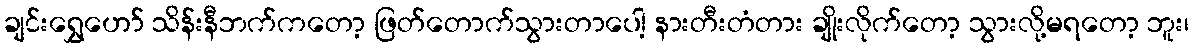
ချင်းရွှေဟော် သိန်းနီဘက်ကတော့ ဖြတ်တောက်သွားတာပေါ့ နားတီးတံတား ချိုးလိုက်တော့ သွားလို့မရတော့ ဘူး၊